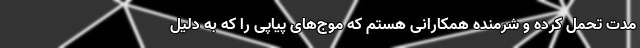
مدت تحمل کرده و شرمنده همکارانی هستم که موج‌های پیاپی را که به دلیل